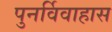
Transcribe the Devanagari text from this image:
पुनर्विवाहास